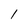
Character: l